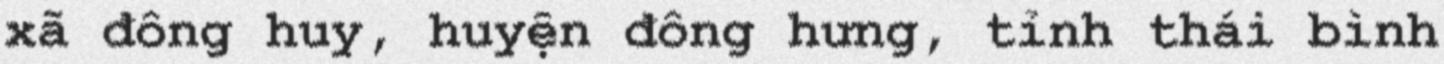
xã đông huy, huyện đông hưng, tỉnh thái bình